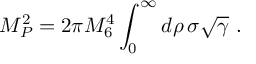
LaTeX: M _ { P } ^ { 2 } = 2 \pi M _ { 6 } ^ { 4 } \int _ { 0 } ^ { \infty } d \rho \, \sigma \sqrt \gamma \ .